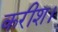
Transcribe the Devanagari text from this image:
करीश।